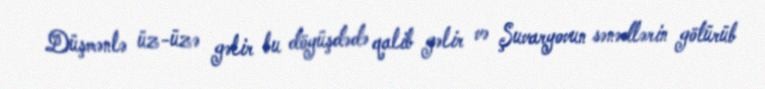
Düşmənlə üz-üzə gəlir bu döyüşdədə qalib gəlir və Şuvaryovun sənədlərin götürüb